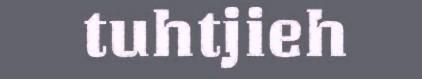
tuhtjieh